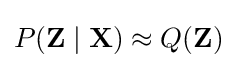
P(\mathbf {Z} \mid \mathbf {X} )\approx Q(\mathbf {Z} )